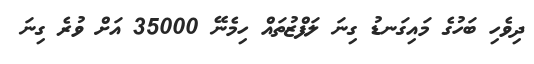
ދިވެހި ބަހުގެ މައިގަނޑު ގިނަ ލަފްޒުތައް ހިމެނޭ 35000 އަށް ވުރެ ގިނަ